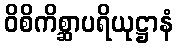
ဝိစိကိစ္ဆာပရိယုဋ္ဌာနံ